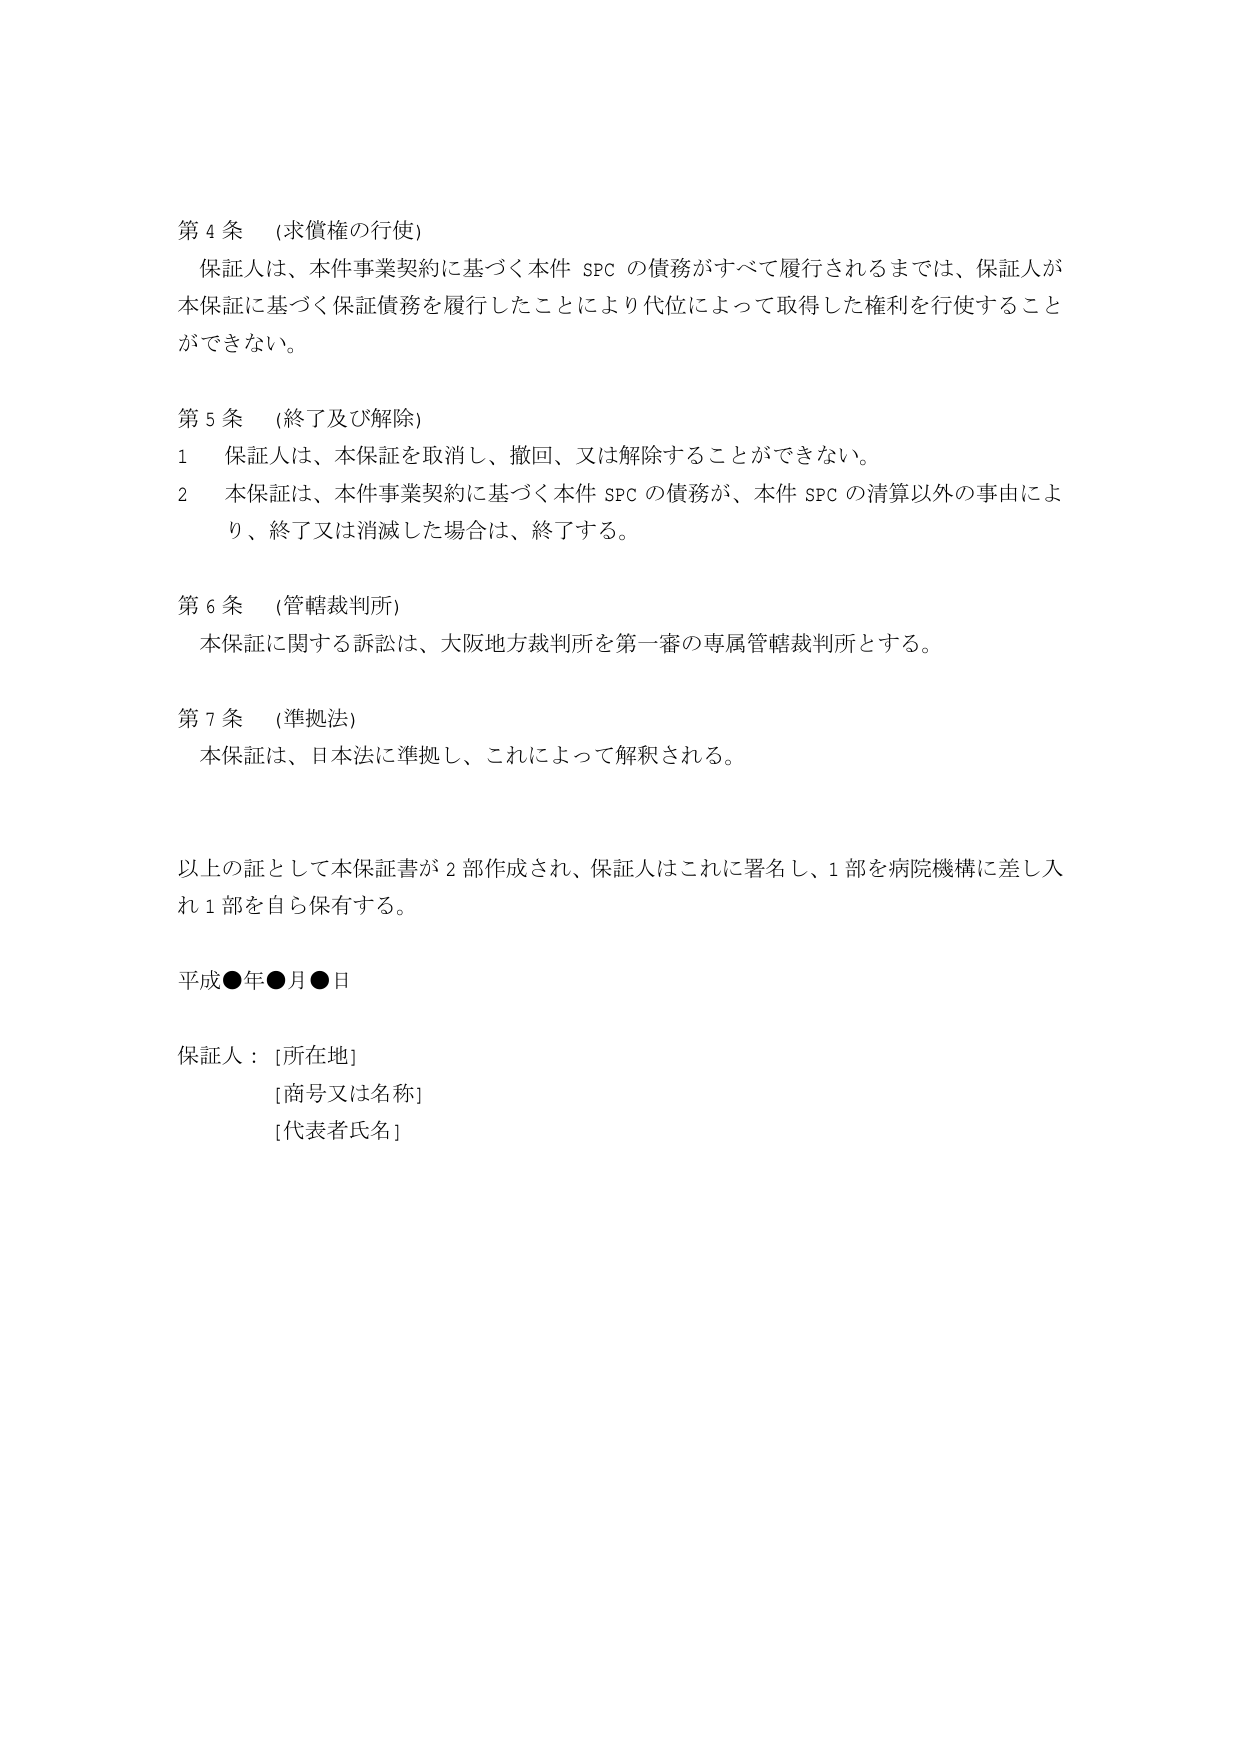
第４条 （求償権の行使）
保証人は、本件事業契約に基づく本件 SPC の債務がすべて履行されるまでは、保証人が本保証に基づく保証債務を履行したことにより代位によって取得した権利を行使することができない。

第５条 （終了及び解除）
１ 保証人は、本保証を取消し、撤回、又は解除することができない。
２ 本保証は、本件事業契約に基づく本件 SPC の債務が、本件 SPC の清算以外の事由により、終了又は消滅した場合は、終了する。

第６条 （管轄裁判所）
本保証に関する訴訟は、大阪地方裁判所を第一審の専属管轄裁判所とする。

第７条 （準拠法）
本保証は、日本法に準拠し、これによって解釈される。

以上の証として本保証書が２部作成され、保証人はこれに署名し、１部を病院機構に差し入れ１部を自ら保有する。

平成●年●月●日

保証人：[所在地]
[商号又は名称]
[代表者氏名]